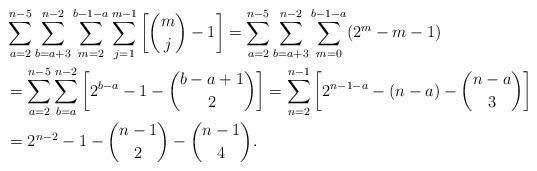
LaTeX: \begin{align*}&\sum_{a=2}^{n-5}\sum_{b=a+3}^{n-2}\sum_{m=2}^{b-1-a}\sum_{j=1}^{m-1}\left[\binom{m}{j}-1\right]=\sum_{a=2}^{n-5}\sum_{b=a+3}^{n-2}\sum_{m=0}^{b-1-a}(2^m-m-1)\\&=\sum_{a=2}^{n-5}\sum_{b=a}^{n-2}\left[2^{b-a}-1-\binom{b-a+1}{2}\right]=\sum_{n=2}^{n-1}\left[2^{n-1-a}-(n-a)-\binom{n-a}{3}\right]\\&=2^{n-2}-1-\binom{n-1}{2}-\binom{n-1}{4}.\end{align*}